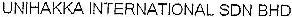
UNIHAKKA INTERNATIONAL SDN BHD